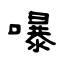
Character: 嚗